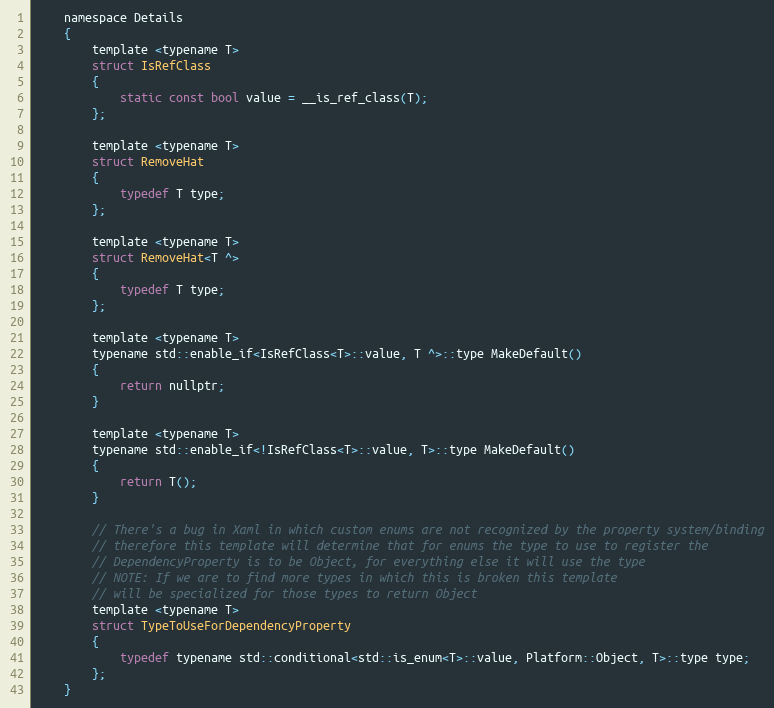
Language: C
    namespace Details
    {
        template <typename T>
        struct IsRefClass
        {
            static const bool value = __is_ref_class(T);
        };

        template <typename T>
        struct RemoveHat
        {
            typedef T type;
        };

        template <typename T>
        struct RemoveHat<T ^>
        {
            typedef T type;
        };

        template <typename T>
        typename std::enable_if<IsRefClass<T>::value, T ^>::type MakeDefault()
        {
            return nullptr;
        }

        template <typename T>
        typename std::enable_if<!IsRefClass<T>::value, T>::type MakeDefault()
        {
            return T();
        }

        // There's a bug in Xaml in which custom enums are not recognized by the property system/binding
        // therefore this template will determine that for enums the type to use to register the
        // DependencyProperty is to be Object, for everything else it will use the type
        // NOTE: If we are to find more types in which this is broken this template
        // will be specialized for those types to return Object
        template <typename T>
        struct TypeToUseForDependencyProperty
        {
            typedef typename std::conditional<std::is_enum<T>::value, Platform::Object, T>::type type;
        };
    }